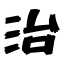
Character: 治